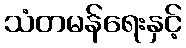
သံတမန်ရေးနှင့်